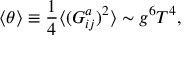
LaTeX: \langle \theta \rangle \equiv \frac { 1 } { 4 } \langle ( G _ { i j } ^ { a } ) ^ { 2 } \rangle \sim g ^ { 6 } T ^ { 4 } ,